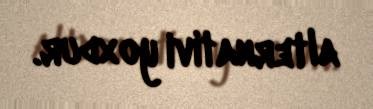
alternativi yoxdur.